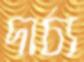
দার্ঢ্য